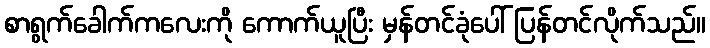
စာရွက်ခေါက်ကလေးကို ကောက်ယူပြီး မှန်တင်ခုံပေါ် ပြန်တင်လိုက်သည်။